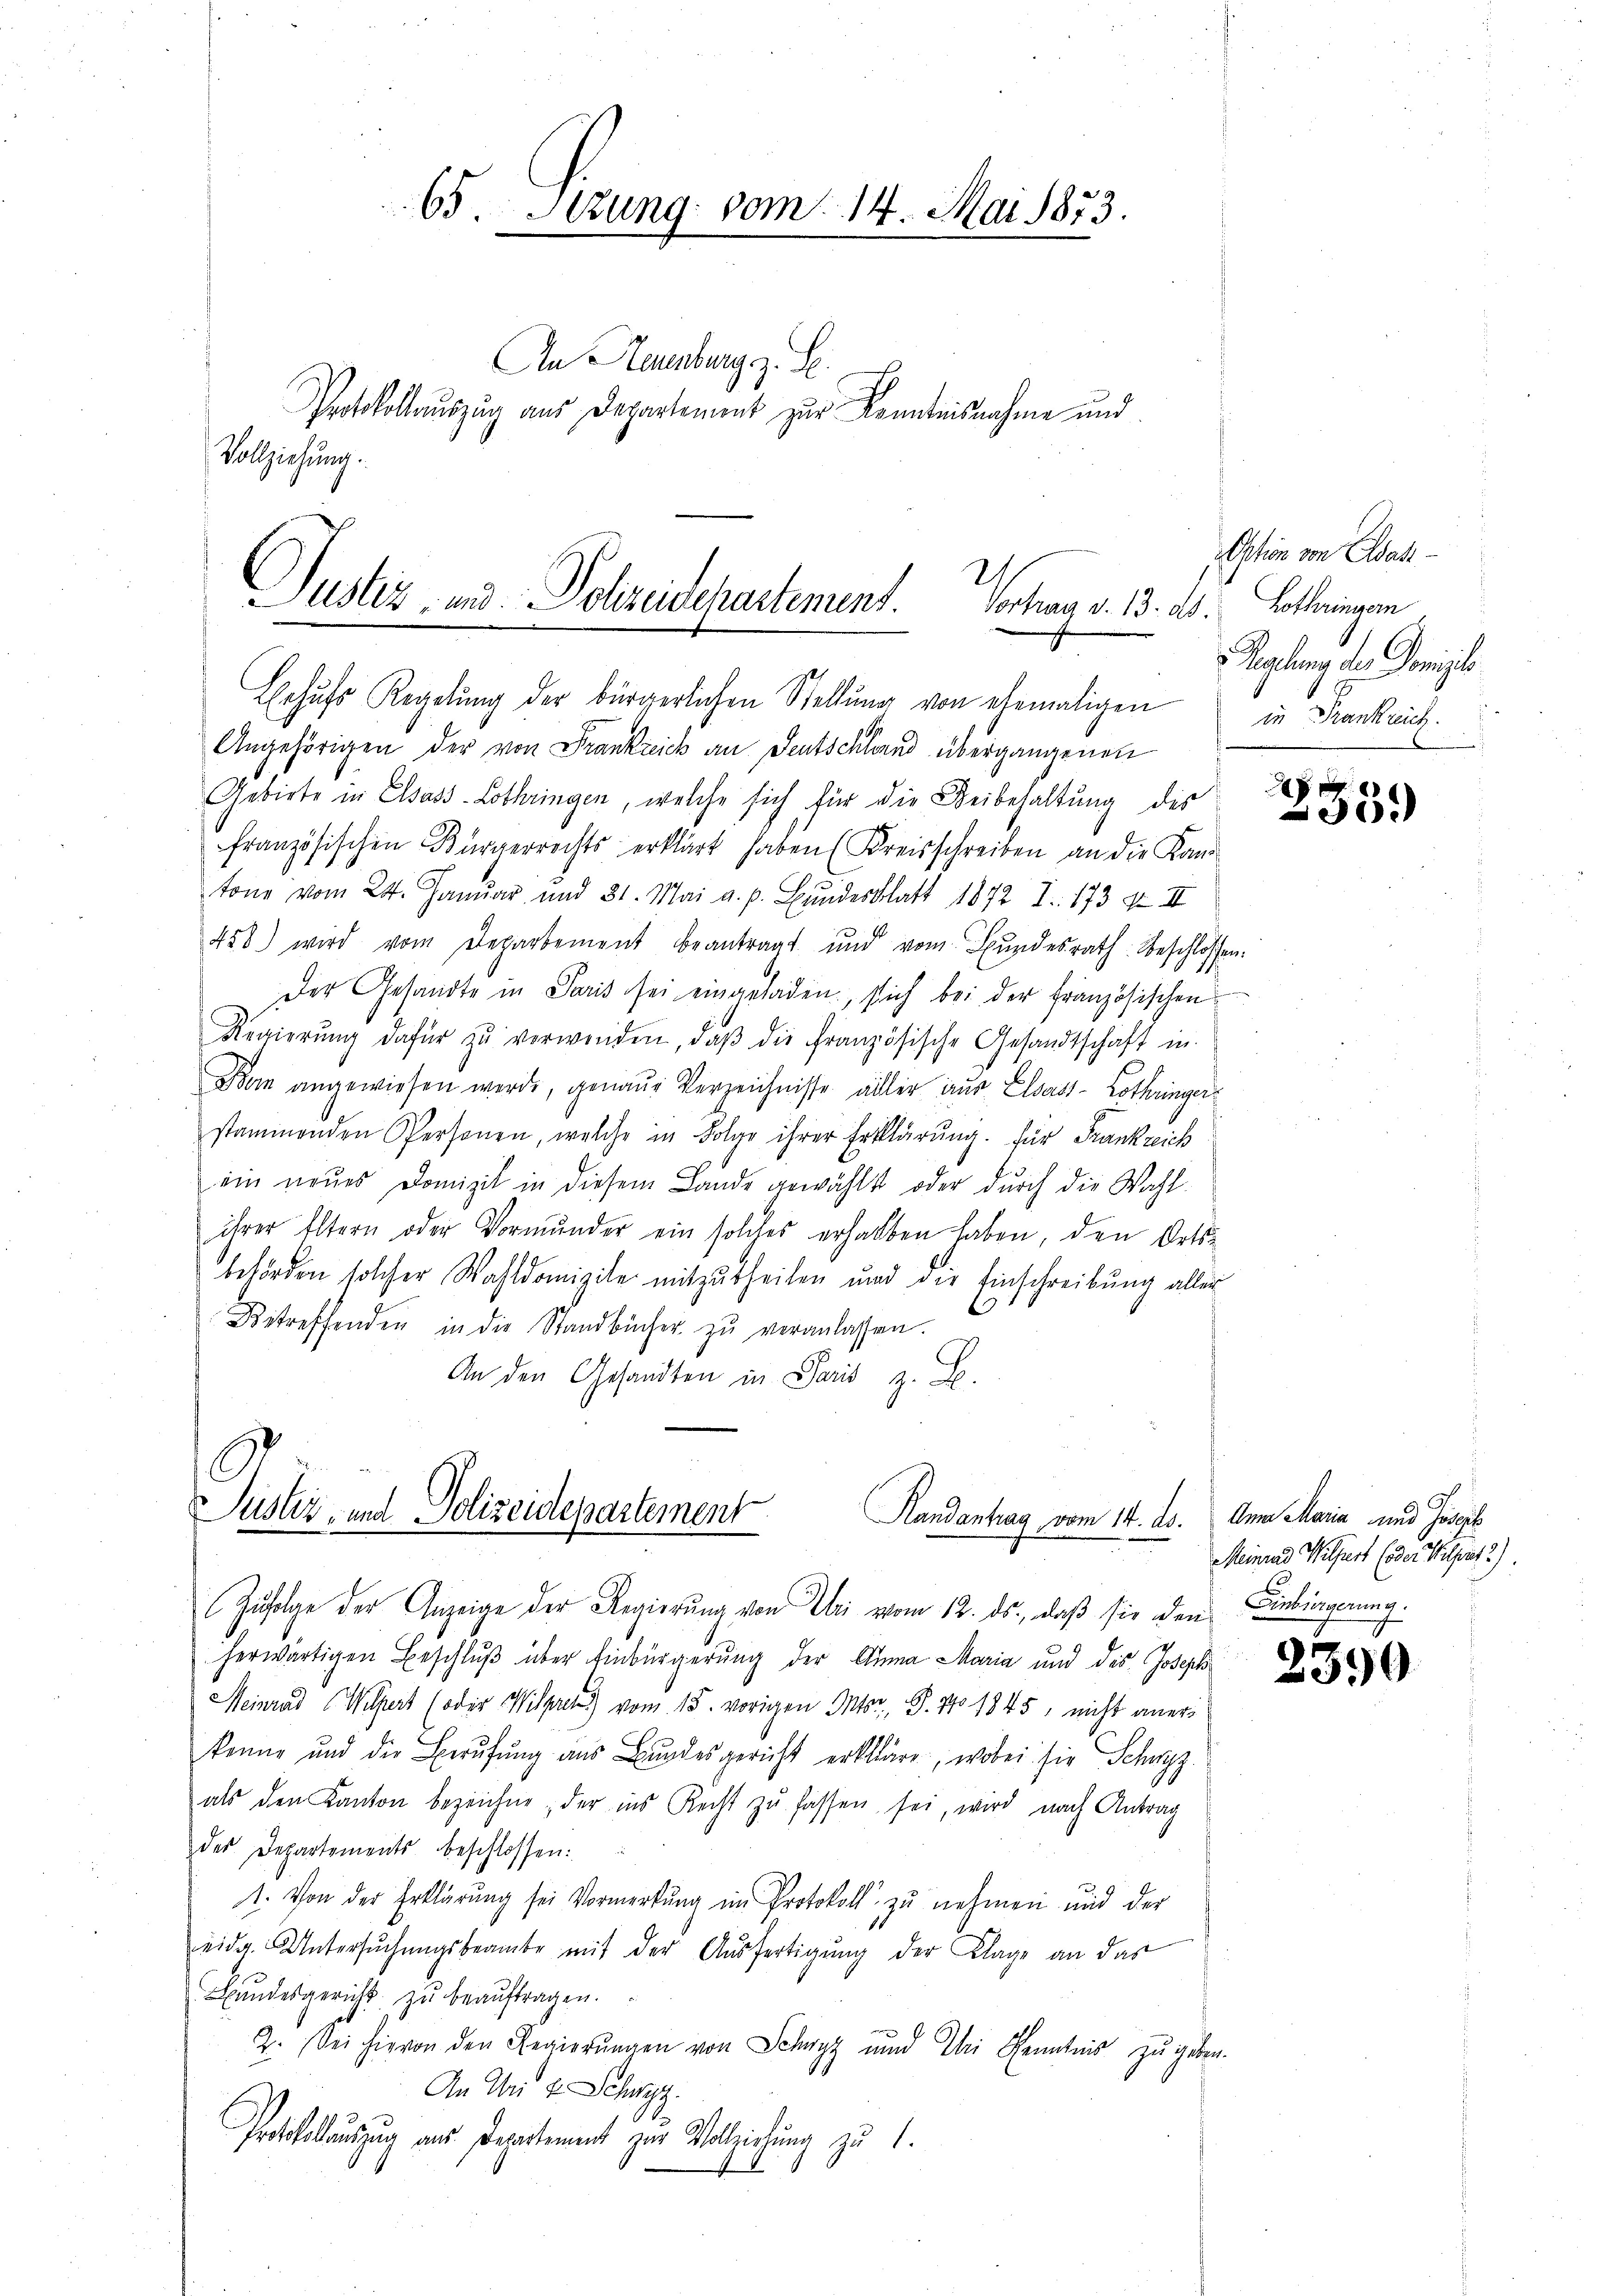
Vollziehung.

65.Stzung vom 14. Mai 1873.

An Neuenburg z. B.
Protokollauszug aus Departement zur Kenntnisnahme und

2
Justiz- und Polizeidepartement. Vortrag v. 13. ds. Lothringen

Justiz, und Polizeidepartement
Handantrag vom 14. ds.
Zufolge der Anzeige der Regierung von Uri vom 12. ds., daß sie den Einbingerung.

Behŭfs Regelung der bürgerlichen Stellung von ehemaligen
Angehörigen der von Frankreich an Deutschland übergangenen
Gebirte in Elsass-Lothringen, welche sich für die Reibehaltung des
französischen Bürgerrechts erklärt haben (Kreisschreiben an die Kan-
tone vom 24. Januar und 31. Mai a. p. Bŭndesblatt 1872 I. 173 f. II
458) wird vom Departement beantragt und vom Bŭndesrath beschlossen:
Der Gesandte in Paris sei eingeladen, sich bei der französischen
Regierŭng dafür zŭ verwenden, daβ die französische Gesandtschaft in
Bon angewiesen werde, genaue Verzeichnisse aller aus Elsass-Lothringerstammenden Personen, welche in Folge ihrer Erklärung. für Frankreich
ein neues Domizil in diesem Lande gewählt oder durch die Wahl-
ihrer Eltern oder Vormunder ein solches erhalben haben, den Orts-
behörden solcher Wahldomizile mitzutheilen und die Einschreibung aller
Betreffenden in die Standbücher zŭ veranlassen.
An den Gesandten in Paris z. B.

herwärtigen Beschluß über Einbürgerung der Anna Maria und des Joseph
Meinrad (Wilpert (oder Wilpreis vom 15. vorigen Mts., P. No 1845, nicht anerkenne und der Berufung aus Bundesgericht erkläre, wobei sie Schwyz,
als den Kanton bezeichne, der ins Recht zŭ fassen sei, wird nach Antrag
des Departements beschlossen:
1. Von der Erklärung sei Vormerkŭng im Protokoll zŭ nehmen und der
eidg. Untersŭchŭngsbeamte mit der Aŭsfertigŭng der Klage an das
Bŭndesgericht zŭ beaŭftragen.
2. Sei hievon den Regierungen von Schwyz und Thi Kenntnis zu geben.
An Uri u. Schwyz.
Protokollauszug aus Departement zur Vollziehung zu 1.

Option von Elsass-
 Regelung des Domizilo.
in Frankrech

xx
359

Anna Maria und Joseph
Meinrad Wilfart (oder Hilfst)

2390